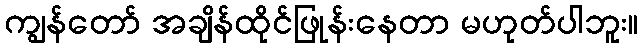
ကျွန်တော် အချိန်ထိုင်ဖြုန်းနေတာ မဟုတ်ပါဘူး။